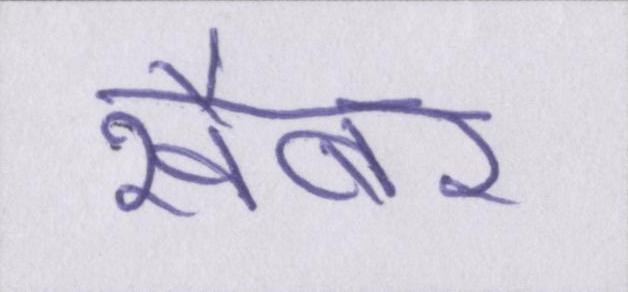
खैबर